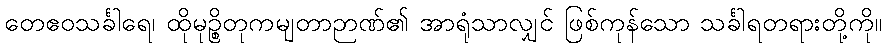
တေဧဝသင်္ခါရေ၊ ထိုမုဉ္စိတုကမျတာဉာဏ်၏ အာရုံသာလျှင် ဖြစ်ကုန်သော သင်္ခါရတရားတို့ကို။